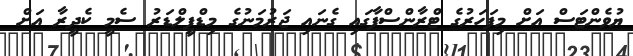
ޔުވެންޓަސް އަށް މިފަހަރުގެ ޓްރާންސްފާގައި ގެނައި ޖަރުމަނުގެ މިޑްފީލްޑަރު ސެމީ ކެދީރާ އަށް